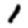
Digit: 1